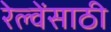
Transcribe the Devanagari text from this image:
रेल्वेंसाठी